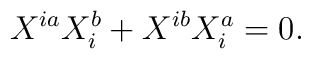
X^{ia}X^b_i+X^{ib}X^a_i=0.